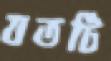
যতটি